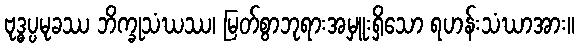
ဗုဒ္ဓပ္ပမုခဿ ဘိက္ခုသံဃဿ၊ မြတ်စွာဘုရားအမှူးရှိသော ရဟန်းသံဃာအား။